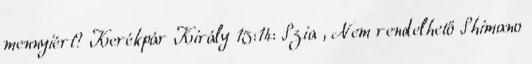
mennyiért? Kerékpár Király 15:14: Szia , Nem rendelhető Shimano